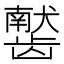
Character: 𫜰